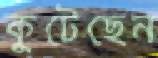
কুটেছেন